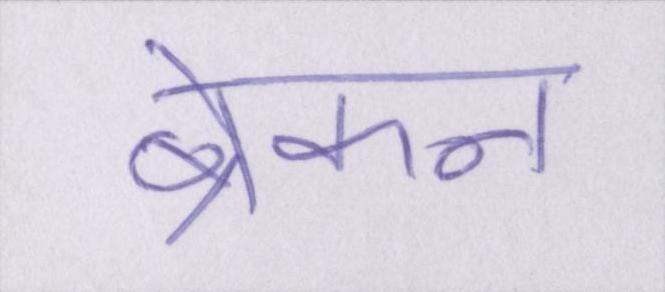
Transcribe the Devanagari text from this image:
ब्रेकन